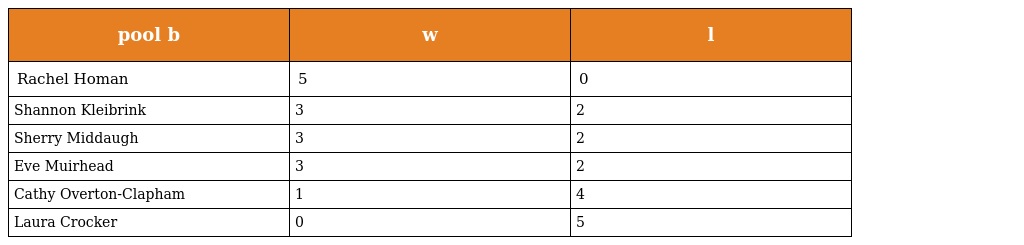
| pool b | w | l |
 | --- | --- | --- |
 | Rachel Homan | 5 | 0 |
 | Shannon Kleibrink | 3 | 2 |
 | Sherry Middaugh | 3 | 2 |
 | Eve Muirhead | 3 | 2 |
 | Cathy Overton-Clapham | 1 | 4 |
 | Laura Crocker | 0 | 5 |